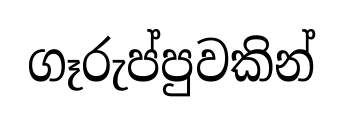
ගෑරුප්පුවකින්